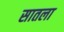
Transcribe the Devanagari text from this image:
सातला